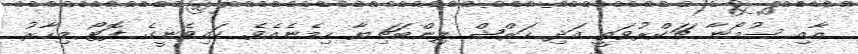
އާއި ސުމޯނާ ޗަކްރުވަތީ އަދި ހަރްޝް ލިންބަޗިޔާ ހިމެނެއެވެ. ކައިވެނީގެ ފޮޓޯ މިހާރު